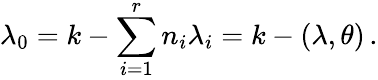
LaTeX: \lambda_{0}=k-\sum_{i=1}^{r}n_{i}\lambda_{i}=k-(\lambda,\theta)\, .